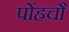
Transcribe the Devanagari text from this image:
पोंहचौ